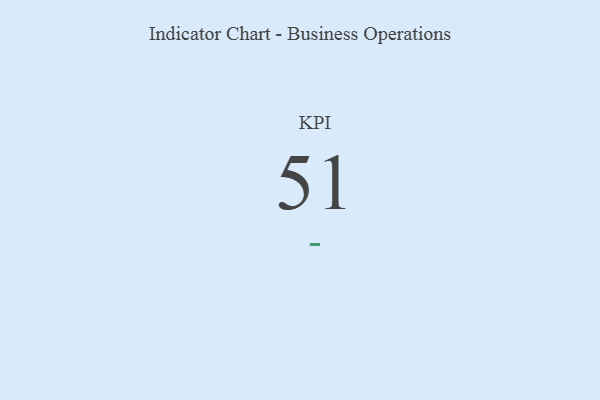
{"axis": {"x": "KPI", "y": "Value"}, "legend": [""], "data": [{"x": "KPI", "y": 51, "type": ""}]}